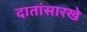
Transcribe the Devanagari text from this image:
दातांसारखे